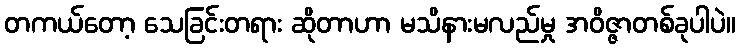
တကယ်တော့ သေခြင်းတရား ဆိုတာဟာ မသိနားမလည်မှု အဝိဇ္ဇာတစ်ခုပါပဲ။